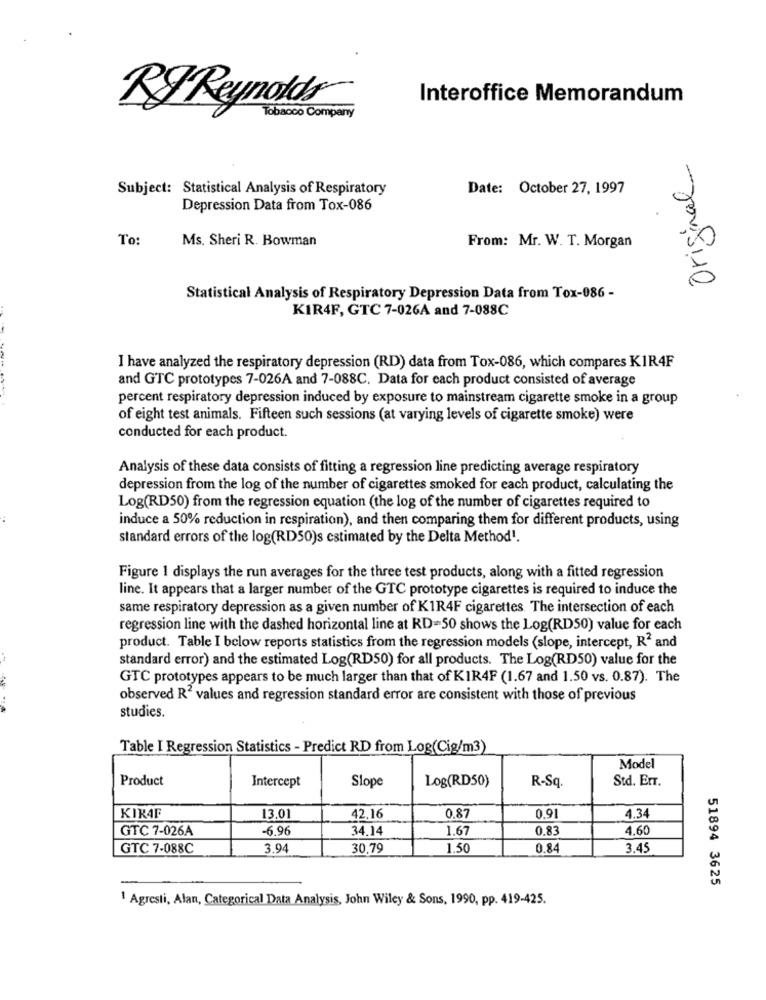
Interoffice Memorandum
RF Reynolds
Tobacco Company
Original
Subject: Statistical Analysis of Respiratory
Date: October 27, 1997
Depression Data from Tox-086
To:
Ms. Sheri R. Bowman
From: Mr. W. T. Morgan
Statistical Analysis of Respiratory Depression Data from Tox-086 -
KIR4F, GTC 7-026A and 7-088C
I have analyzed the respiratory depression (RD) data from Tox-086, which compares KIR4F
and GTC prototypes 7-026A and 7-088C. Data for each product consisted of average
percent respiratory depression induced by exposure to mainstream cigarette smoke in a group
of eight test animals. Fifteen such sessions (at varying levels of cigarette smoke) were
conducted for each product.
Analysis of these data consists of fitting a regression line predicting average respiratory
depression from the log of the number of cigarettes smoked for each product, calculating the
Log(RD50) from the regression equation (the log of the number of cigarettes required to
induce a 50% reduction in respiration), and then comparing them for different products, using
standard errors of the log(RD50)s estimated by the Delta Method !.
Figure 1 displays the run averages for the three test products, along with a fitted regression
line. It appears that a larger number of the GTC prototype cigarettes is required to induce the
same respiratory depression as a given number of KIR4F cigarettes. The intersection of each
regression line with the dashed horizontal line at RD=50 shows the Log(RD50) value for each
product. Table I below reports statistics from the regression models (slope, intercept, R2 and
standard error) and the estimated Log(RD50) for all products. The Log(RD50) value for the
GTC prototypes appears to be much larger than that of KIR4F (1.67 and 1.50 vs. 0.87). The
observed R2 values and regression standard error are consistent with those of previous
studies.
Table I Regression Statistics - Predict RD from Log(Cig/m3)
Model
Product
Intercept
Slope
Log(RD50)
Std. Err.
R-Sq.
KIKAF
13.01
42.16
0.87
0.9
4.34
GTC 7-026A
-6.96
34.14
1.67
0.83
4,60
GTC 7-088C
3.94
30.79
1.50
0.84
3.45
51894 3625
1 Agresti, Alan, Categorical Data Analysis, John Wiley & Sons, 1990, pp. 419-425.